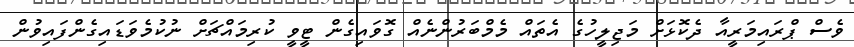
ވެސް ޕްރައިމަރީއާ ދެކޮޅަށް މަޖިލީހުގެ އެތައް މެމްބަރުންނެއް ގޮވައިގެން ޓީވީ ކުރިމައްޗަށް ނުކުމެވަޑައިގެންފައިވުން